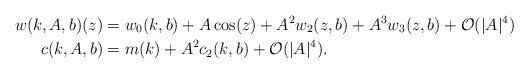
LaTeX: \begin{align*}w(k,A,b)(z)&=w_0(k,b)+A\cos(z)+A^2w_2(z,b)+A^3w_3(z,b)+\mathcal{O}(|A|^4)\\c(k,A,b)&=m(k)+A^2c_2(k,b)+\mathcal{O}(|A|^4).\end{align*}